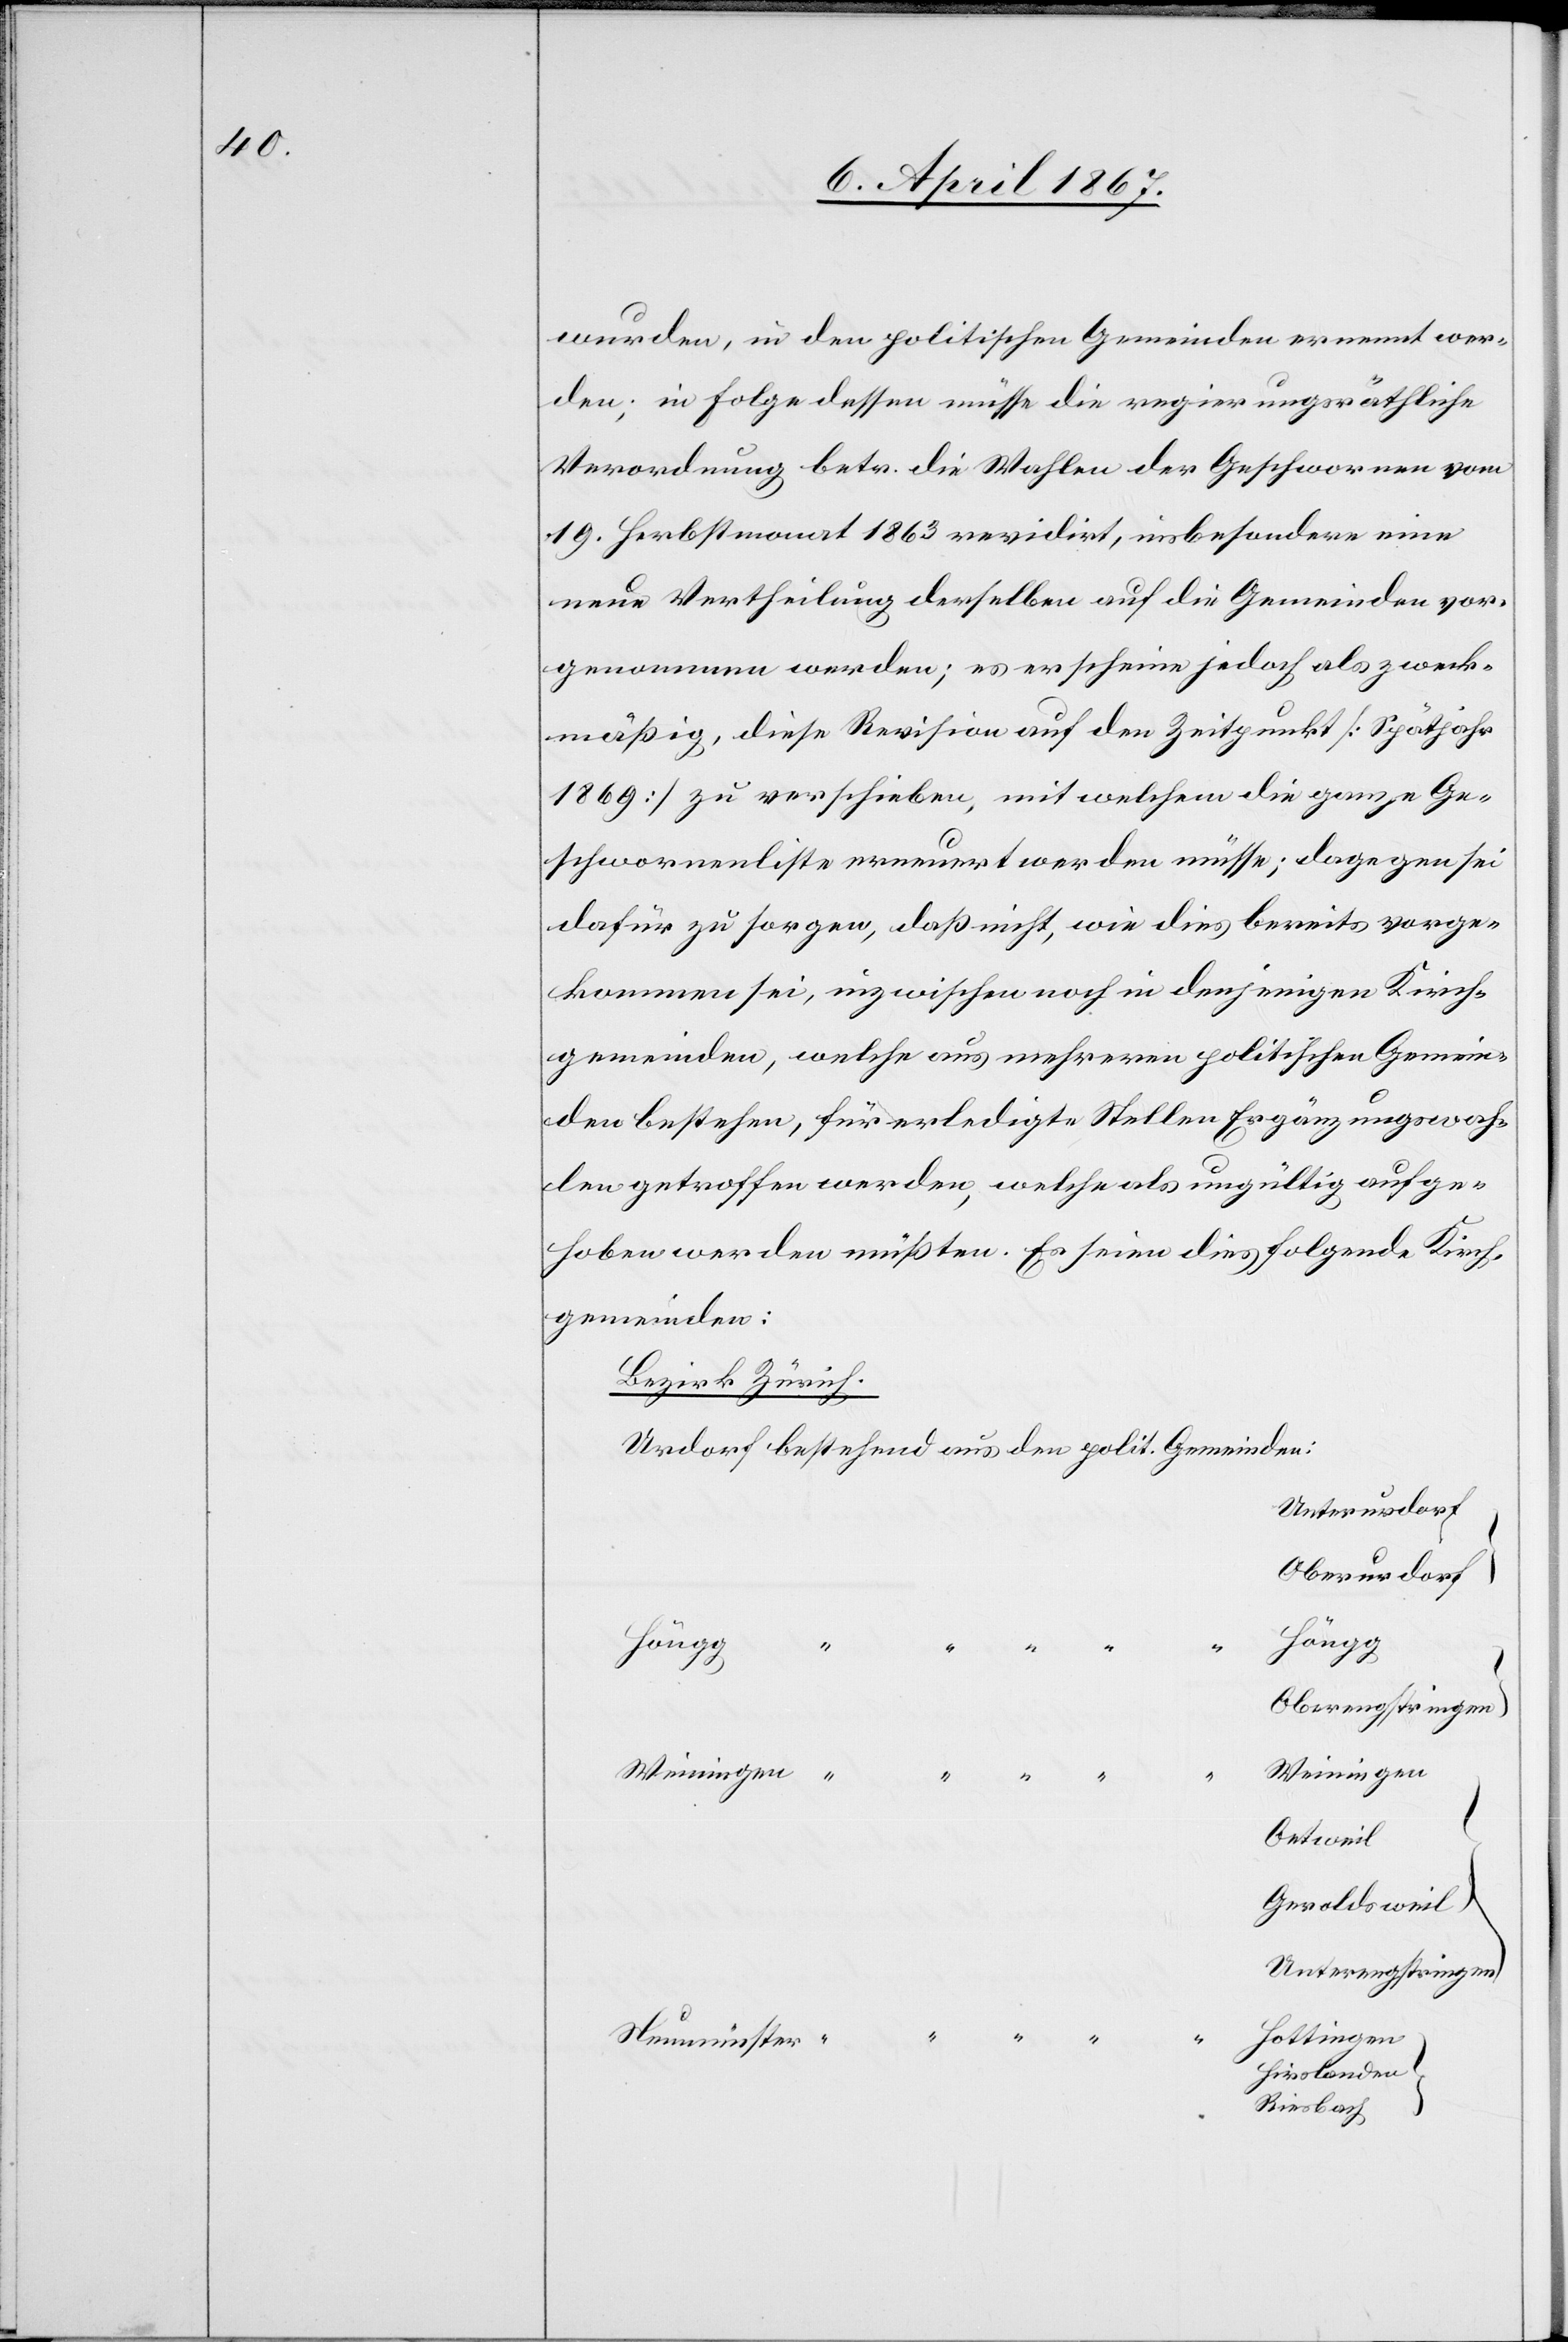
wurden, in den politischen Gemeinden ernannt wer¬
den; in Folge dessen müsse die regierungsräthliche
Verordnung betr. die Wahlen der Geschworenen vom
19. Herbstmonat 1863 revidirt, insbesondere eine
neue Vertheilung derselben auf die Gemeinden vor¬
genommen werden; es erscheine jedoch als zweck¬
mäßig, diese Revision auf den Zeitpunkt [Spätjahr
1869] zu verschieben, mit welchem die ganze Ge¬
schworenenliste erneuert werden müsse; dagegen sei
dafür zu sorgen, daß nicht, wie dies bereits vorge¬
kommen sei, inzwischen noch in denjenigen Kirch¬
gemeinden, welche aus mehreren politischen Gemein¬
den bestehen, für erledigte Stellen Ergänzungswah¬
len getroffen werden, welche als ungültig aufge¬
hoben werden müßten. Es seien dies folgende Kirch¬
Gemeinden:
Bezirk Zürich
Unterurdorf
Oberurdorf
Höngg
Oberengstringen
Weiningen
Weiningen
“
Oetweil
Geroldsweil
Unterengstringen
Hottingen
Neumünster
Hirslanden
Riesbach